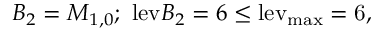
B _ { 2 } = M _ { 1 , 0 } ; ~ \mathrm { l e v } { B _ { 2 } } = 6 \le \mathrm { { l e v } _ { \mathrm { { m a x } } } = 6 , }